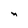
Character: n